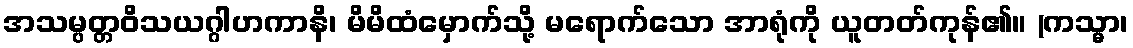
အသမ္ပတ္တဝိသယဂ္ဂါဟကာနိ၊ မိမိထံမှောက်သို့ မရောက်သော အာရုံကို ယူတတ်ကုန်၏။ (ကသ္မာ၊